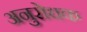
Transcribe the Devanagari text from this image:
अनुरोधक